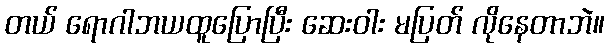
တယ် ရောဂါဘယထူပြောပြီး ဆေးဝါး မပြတ် လိုနေတာဘဲ။